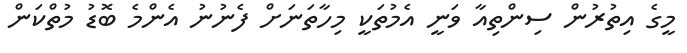
މީގެ އިތުރުން ސިންތިއާ ވަނީ އެމުތަކީ މިހާތަނަށް ފެނުނު އެންމެ ބޮޑު މުތްކަން